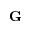
\mathbf { G }